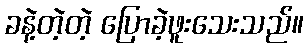
ခနဲ့တဲ့တဲ့ ပြောခဲ့ဖူးသေးသည်။